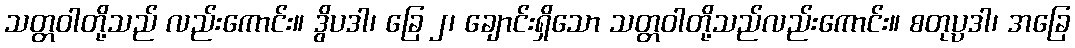
သတ္တဝါတို့သည် လည်းကောင်း။ ဒွိပဒါ၊ ခြေ ၂၊ ချောင်းရှိသော သတ္တဝါတို့သည်လည်းကောင်း။ စတုပ္ပဒါ၊ အခြေ